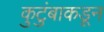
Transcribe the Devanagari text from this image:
कुटुंबाकडून